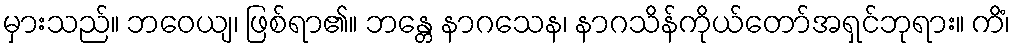
မှားသည်။ ဘဝေယျ၊ ဖြစ်ရာ၏။ ဘန္တေ နာဂသေန၊ နာဂသိန်ကိုယ်တော်အရှင်ဘုရား။ ကိံ၊